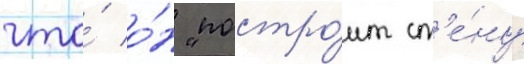
что́ о́н "постро́ит ст'е́ну